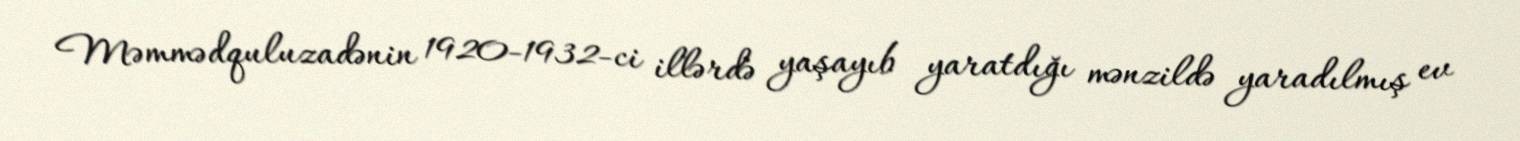
Məmmədquluzadənin 1920-1932-ci illərdə yaşayıb yaratdığı mənzildə yaradılmış ev